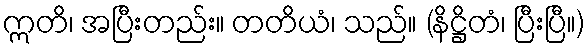
ဣတိ၊ အပြီးတည်း။ တတိယံ၊ သည်။ (နိဋ္ဌိတံ၊ ပြီးပြီ။)